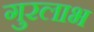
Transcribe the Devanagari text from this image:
गुरलाभ